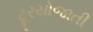
ટૂરયોજાતી